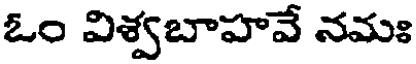
ఓం విశ్వబాహవే నమః